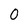
Character: 0